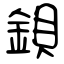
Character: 鋇